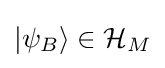
{|\psi _{B}\rangle }\in {\mathcal {H}}_{M}